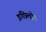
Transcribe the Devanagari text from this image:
इछिलोव